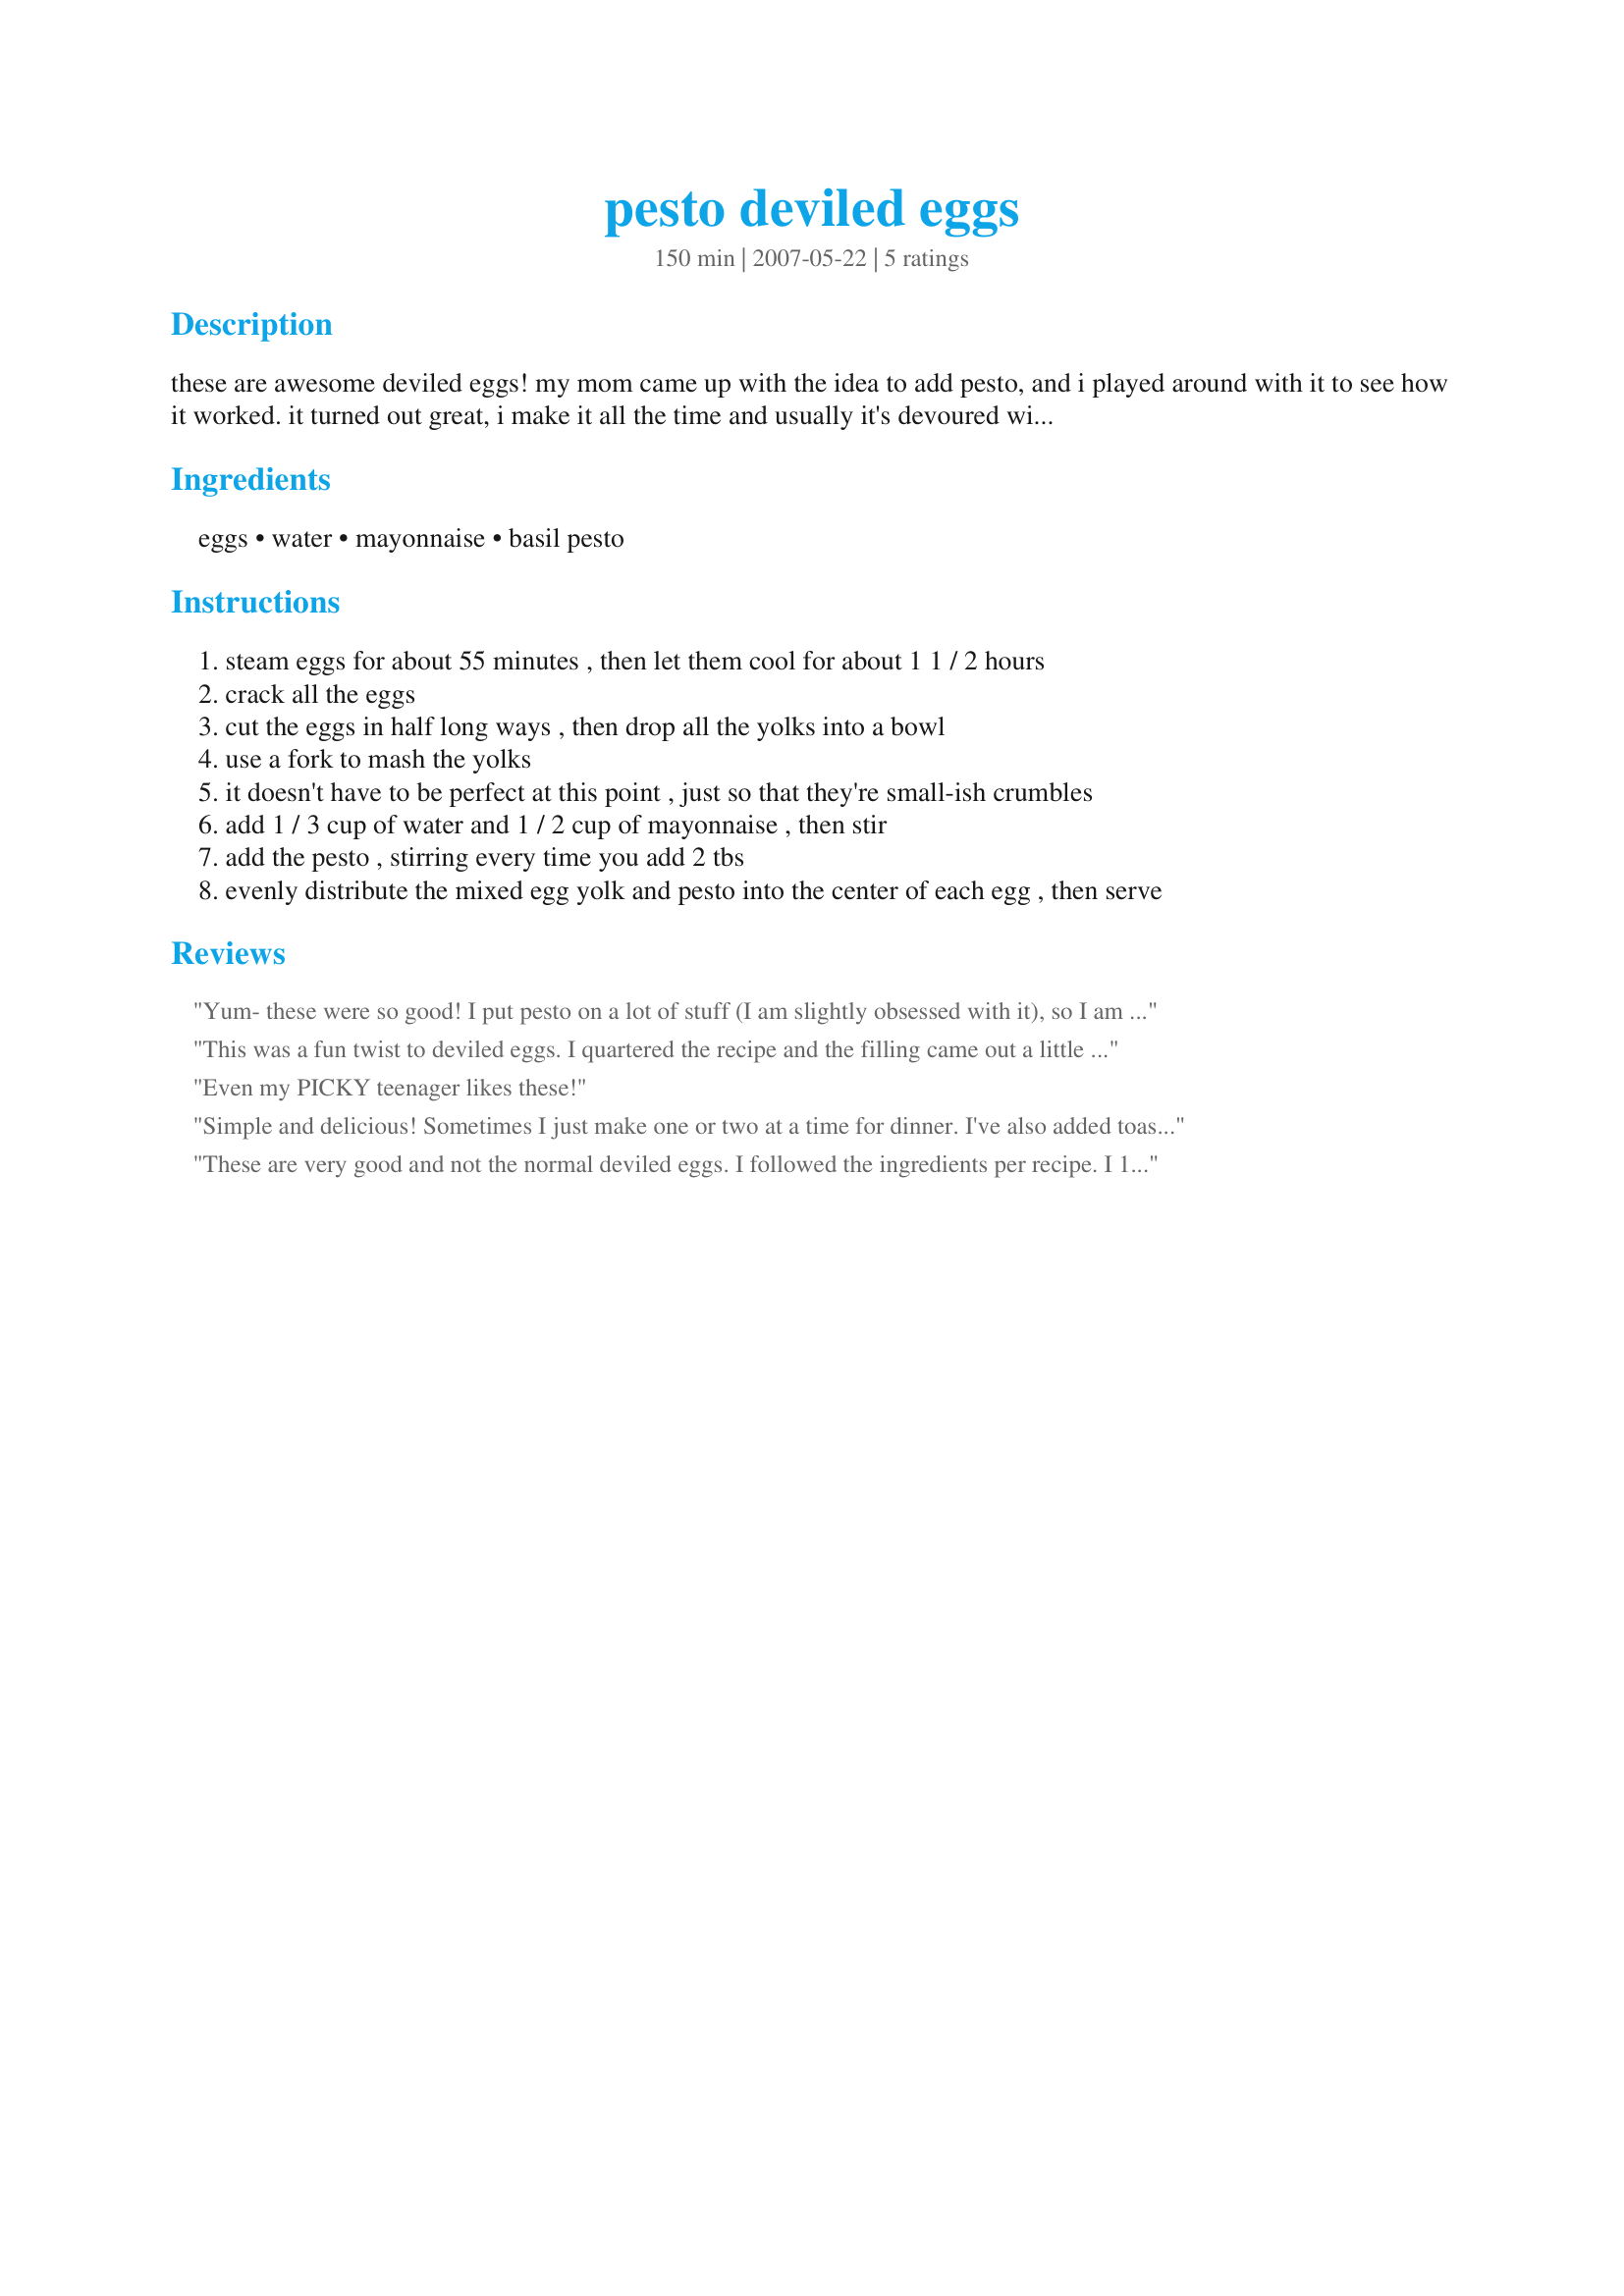
pesto deviled eggs
Preparation time: 150 minutes

these are awesome deviled eggs! my mom came up with the idea to add pesto, and i played around with it to see how it worked. it turned out great, i make it all the time and usually it's devoured within a few days. i always make a lot, so you might want to split it in half, or maybe even in quarters.

Ingredients:
eggs, water, mayonnaise, basil pesto

Steps:
steam eggs for about 55 minutes , then let them cool for about 1 1 / 2 hours
crack all the eggs
cut the eggs in half long ways , then drop all the yolks into a bowl
use a fork to mash the yolks
it doesn't have to be perfect at this point , just so that they're small-ish crumbles
add 1 / 3 cup of water and 1 / 2 cup of mayonnaise , then stir
add the pesto , stirring every time you add 2 tbs
evenly distribute the mixed egg yolk and pesto into the center of each egg , then serve

Reviews:
Yum- these were so good! I put pesto on a lot of stuff (I am slightly obsessed with it), so I am surprised I haven't done this before on my own lol. Thanks for the recipe!
This was a fun twist to deviled eggs. I quartered the recipe and the filling came out a little runny, so I think I will decrease the ingredients a bit more next time. Thanks for a tasty recipe!
Even my PICKY teenager likes these!
Simple and delicious! Sometimes I just make one or two at a time for dinner. I've also added toasted chopped walnuts. Thanks for posting!
These are very good and not the normal deviled eggs. I followed the ingredients per recipe. I 1/4 the recipe and the yolk mixture was a little dry for my tastes so I added 1 T each mayo and pesto. Made for PAC Spring 2008.
